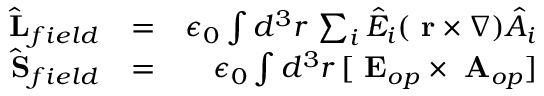
\begin{array} { r l r } { \hat { \mathrm { \bf ~ L } } _ { f i e l d } } & { = } & { \epsilon _ { 0 } \int d ^ { 3 } r \, \sum _ { i } \hat { E } _ { i } ( \mathrm { \bf ~ r } \times \nabla ) \hat { A } _ { i } } \\ { \hat { \mathrm { \bf ~ S } } _ { f i e l d } } & { = } & { \epsilon _ { 0 } \int d ^ { 3 } r \, [ \mathrm { \bf ~ E } _ { o p } \times \mathrm { \bf ~ A } _ { o p } ] } \end{array}